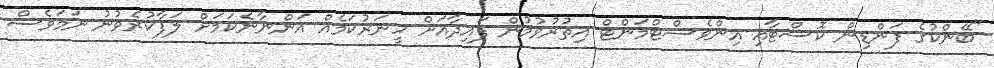
"ބޭންކުގެ ފަންޑިން ކޮސްޓާއި އިންވެސްޓްމަންޓް އިތުރުވުމުން ފައިދާއަށް ހީނަރުކަމެއް އަންނާނެކަމަށް ލަފާކުރެވުނު ނަމަވެސް